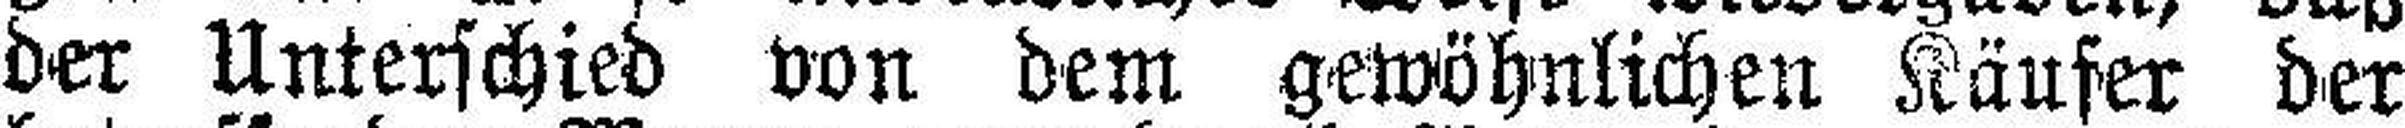
der Unterschied von dem gewöhnlichen Käufer der